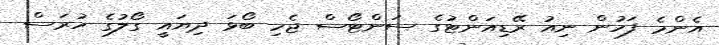
އެންމެ ފަހުން ނިއު ރޭޑިއަންޓުގެ ސަންޓޯސް ޖެހި ބޯޅަ ދިޔައީ ގޯލުގެ ހުރަސް